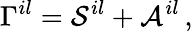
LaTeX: \Gamma^{il}={\cal S}^{il}+{\cal A}^{il}\, ,